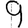
Digit: 9